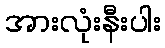
အားလုံးနီးပါး